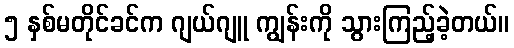
၅ နှစ်မတိုင်ခင်က ဂျယ်ဂျူ ကျွန်းကို သွားကြည့်ခဲ့တယ်။